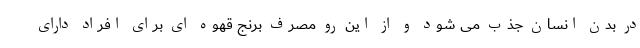
در بدن انسان جذب می شود و از این رو مصرف برنج قهوه ای برای افراد دارای